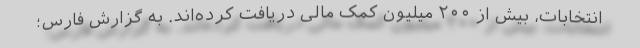
انتخابات، بیش از ۲۰۰ میلیون کمک مالی دریافت کرده‌اند. به گزارش فارس؛